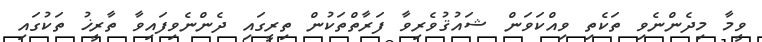
ވީމާ މިދެންނެވި ތަކެތި ވިއްކަވަން ޝައުޤުވެރިވާ ފަރާތްތަކުން ތިރީގައި ދެންނެވިފައިވާ ތާރީޚު ތަކުގައި